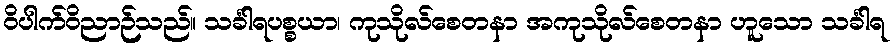
ဝိပါက်ဝိညာဉ်သည်။ သင်္ခါရပစ္စယာ၊ ကုသိုလ်စေတနာ အကုသိုလ်စေတနာ ဟူသော သင်္ခါရ